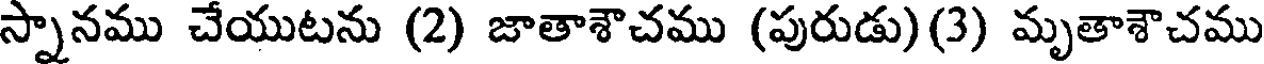
స్నానము చేయుటను (2) జాతాశౌచము (పురుడు)(3) మృతాశౌచము